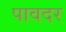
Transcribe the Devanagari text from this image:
पावदर